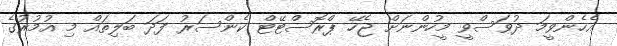
އެހެންވީމަ ދުވަސްވީ މީހުންނަށް ޖެހޭ ޕްރޮސްޓޭޓް ކެންސަރު ފަދަ ބަލިތައް މި އުމުރުގެ